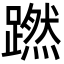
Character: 蹨